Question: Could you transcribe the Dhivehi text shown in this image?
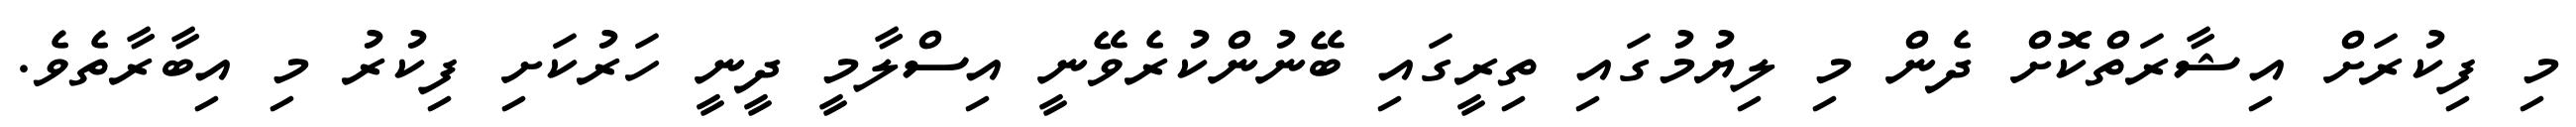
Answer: މި ފިކުރަށް އިޝާރަތްކޮށް ދެން މި ލިޔުމުގައި ތިރީގައި ބޭނުންކުރެވޭނީ އިސްލާމީ ދީނީ ހަރުކަށި ފިކުރު މި އިބާރާތެވެ.